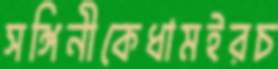
সঙ্গিনীকেধামইরচ